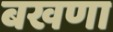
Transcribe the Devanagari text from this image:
बखणा